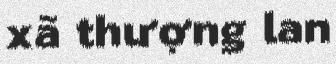
xã thượng lan